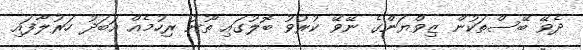
ދެވޭ ބޭސްތަކުން ޒިވްޔަންގެ ނޭވޭ ކުރުވު ބޮލުގައި ތޫނު ރިހުމެއް އަބަދު ހަރުލާފައި